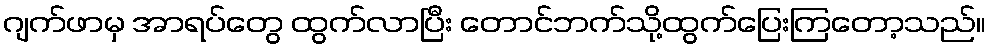
ဂျက်ဖာမှ အာရပ်တွေ ထွက်လာပြီး တောင်ဘက်သို့ထွက်ပြေးကြတော့သည်။